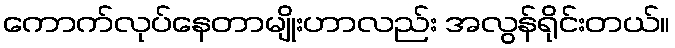
ကောက်လုပ်နေတာမျိုးဟာလည်း အလွန်ရိုင်းတယ်။